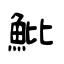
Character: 魮